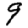
Digit: 9